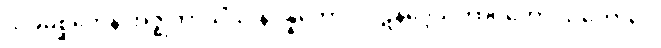
သုခုမစ္ဆိကေန အဇ္ဈဘာသိံသု နိပန္နကောဝ ပဋိနိဒ္ဒေသဘာဝတော သတောပေ